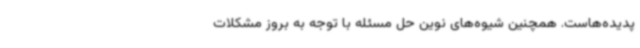
پدیده‌هاست. همچنین شیوه‌های نوین حل مسئله با توجه به بروز مشکلات